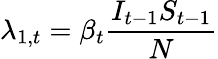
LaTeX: \lambda_{1,t}=\beta_{t}\frac{I_{t-1}S_{t-1}}{N}